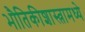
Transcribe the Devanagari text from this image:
भौतिकीशास्त्रामध्ये